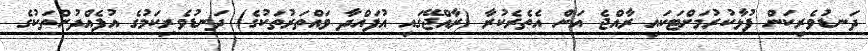
ދަނޑުވެރިކަން ފުޅާކުރުމަށްޓަކައި ރާއްޖެ އަށް އެތެރެކުރާ (ރާއްޖޭގައި އުފައްދާ ވައްތަރުތަކުގެ) ދަނޑުވެރިކަމުގެ އުފެއްދުންތަކުގެ